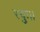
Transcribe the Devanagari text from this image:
स्युः।।